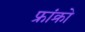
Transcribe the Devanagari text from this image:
फ्रांक्रो